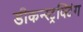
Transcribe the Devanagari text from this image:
डीकन्स्ट्रक्टिंग